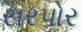
સરપોર